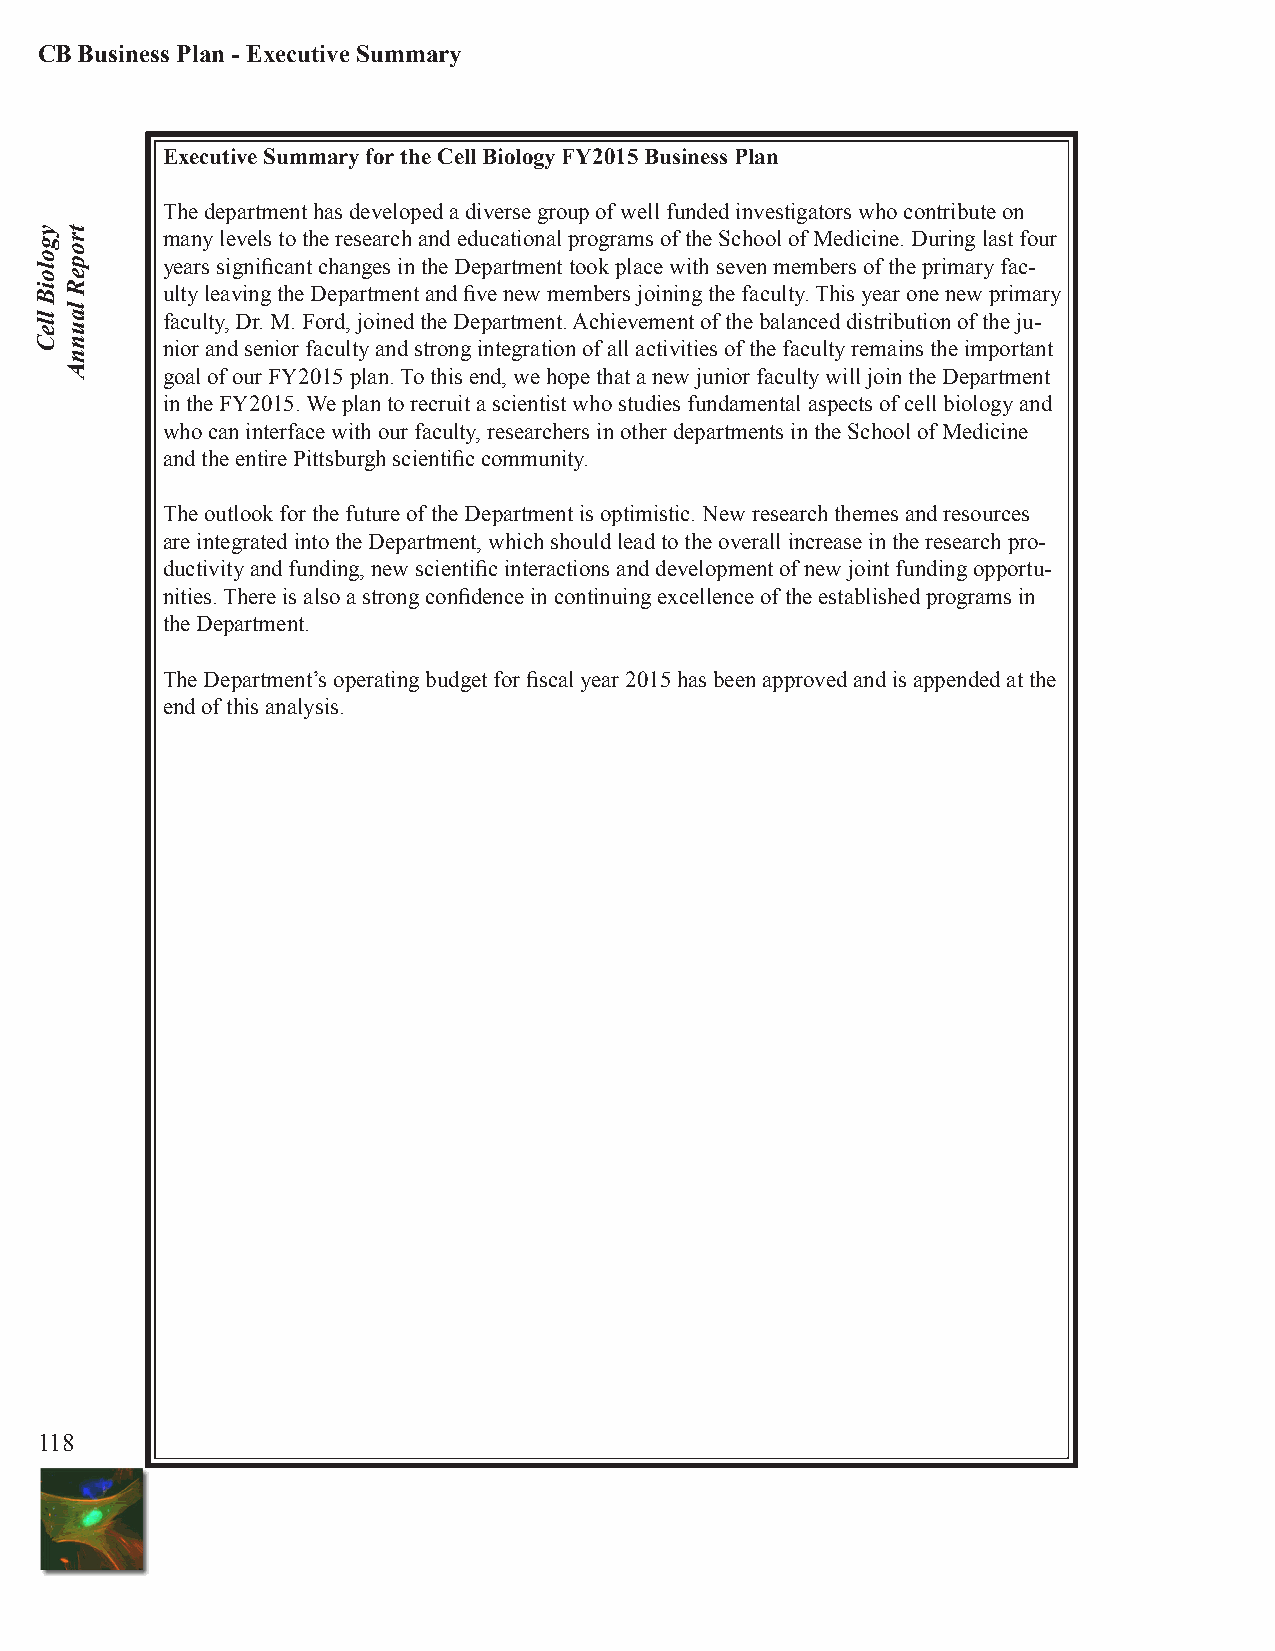
CB Business Plan - Executive Summary
 Executive Summary for the Cell Biology FY2015 Business Plan
 The department has developed a diverse group of well funded investigators who contribute on
 many levels to the research and educational programs of the School of Medicine. During last four
 years significant changes in the Department took place with seven members of the primary fac-
 ulty leaving the Department and five new members joining the faculty. This year one new primary
 faculty, Dr. M. Ford, joined the Department. Achievement of the balanced distribution of the ju-
 nior and senior faculty and strong integration of all activities of the faculty remains the important
 goal of our FY2015 plan. To this end, we hope that a new junior faculty will join the Department
 in the FY2015. We plan to recruit a scientist who studies fundamental aspects of cell biology and
 who can interface with our faculty, researchers in other departments in the School of Medicine
 and the entire Pittsburgh scientific community.
 The outlook for the future of the Department is optimistic. New research themes and resources
 are integrated into the Department, which should lead to the overall increase in the research pro-
 ductivity and funding, new scientific interactions and development of new joint funding opportu-
 nities. There is also a strong confidence in continuing excellence of the established programs in
 the Department.
 The Department’s operating budget for fiscal year 2015 has been approved and is appended at the
 end of this analysis.
 118
 ygoloiB
 lleC
 tropeR
 launnA